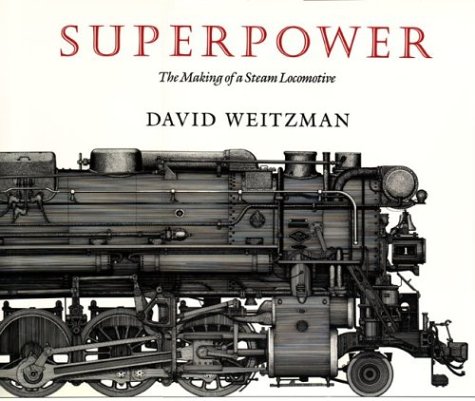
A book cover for Superpower: The Making of a Steam Locomotive; David Weitzman; Engineering & Transportation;